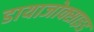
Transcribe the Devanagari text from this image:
डायाजोक्साइड